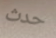
حدث